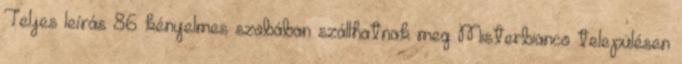
Teljes leírás 86 kényelmes szobában szállhatnak meg Misterbianco településen